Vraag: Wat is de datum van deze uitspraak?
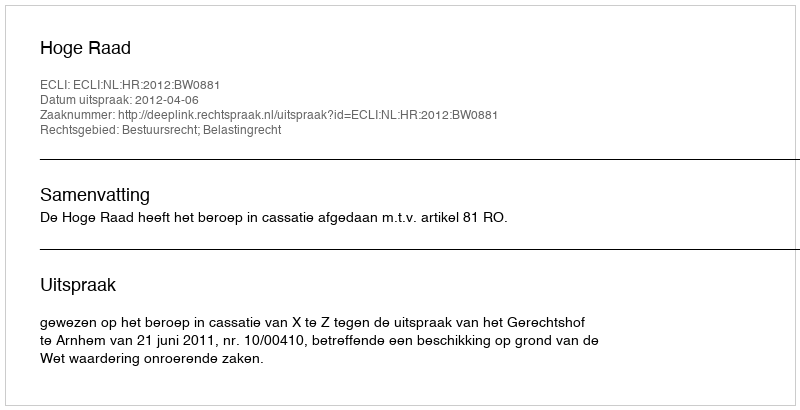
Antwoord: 2012-04-06